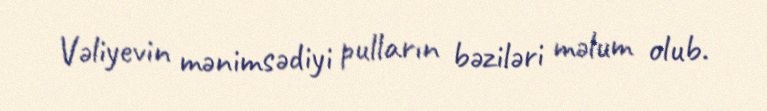
Vəliyevin mənimsədiyi pulların bəziləri məlum olub.